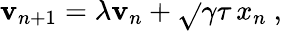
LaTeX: \mathbf{v}_{n+1}=\lambda\mathbf{v}_{n}+\sqrt{}{{\gamma\tau}}\, x_{n}\ ,